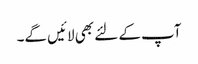
آپ کے لئے بھی لائیں گے۔